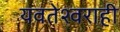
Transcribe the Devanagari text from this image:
यवतेश्वराही